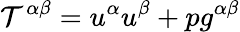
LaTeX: {\cal T}^{\alpha\beta}=u^{\alpha}u^{\beta}+pg^{\alpha\beta}